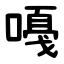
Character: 嘠